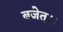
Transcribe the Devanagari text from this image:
ब्रजेत्।।